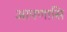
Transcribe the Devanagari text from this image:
आपणासि